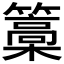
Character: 𮆥